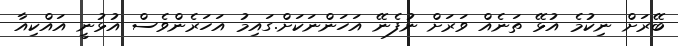
ބޭރަަށް ނިކުމެ އުޅޭ ތަނެއް ވަރަށް ނުފެނޭ އަހަންނަކަށް.ގައިމު އަހަރެންވެސް އުޅުނީ އައްކިއާ